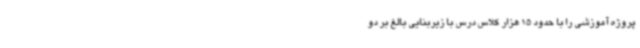
پروژه آموزشی را با حدود 15 هزار کلاس درس ‌با زیربنایی بالغ بر دو